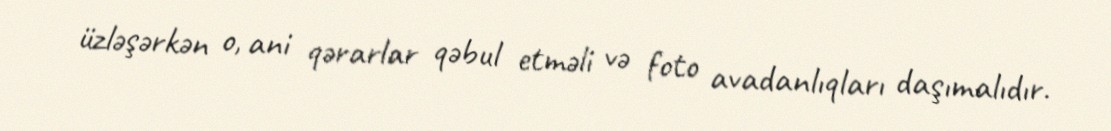
üzləşərkən o, ani qərarlar qəbul etməli və foto avadanlıqları daşımalıdır.